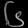
Digit: ၆